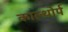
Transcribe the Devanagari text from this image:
काल्थोर्प